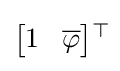
\textstyle {\begin{bmatrix}1&\!{\overline {\varphi }}\end{bmatrix}}{}^{\top }\!